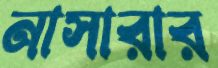
নাসারার